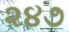
૨૪૭